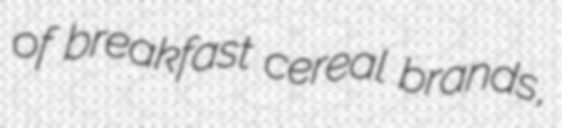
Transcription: of breakfast cereal brands,